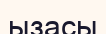
ызасы